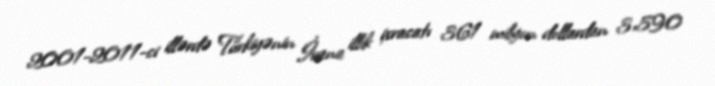
2001-2011-ci illərdə Türkiyənin İrana illik ixracatı 361 milyon dollardan 3,590